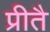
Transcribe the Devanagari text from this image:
प्रीतै